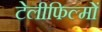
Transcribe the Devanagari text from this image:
टेलीफिल्मों